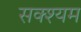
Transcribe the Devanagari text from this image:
सक्श्यम